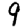
Digit: 9